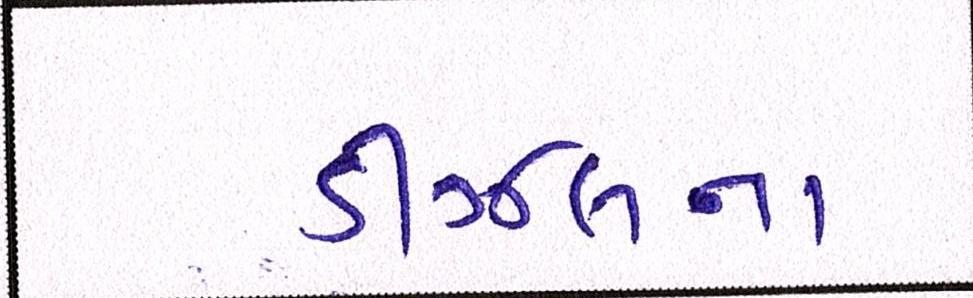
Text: ડીઝલના